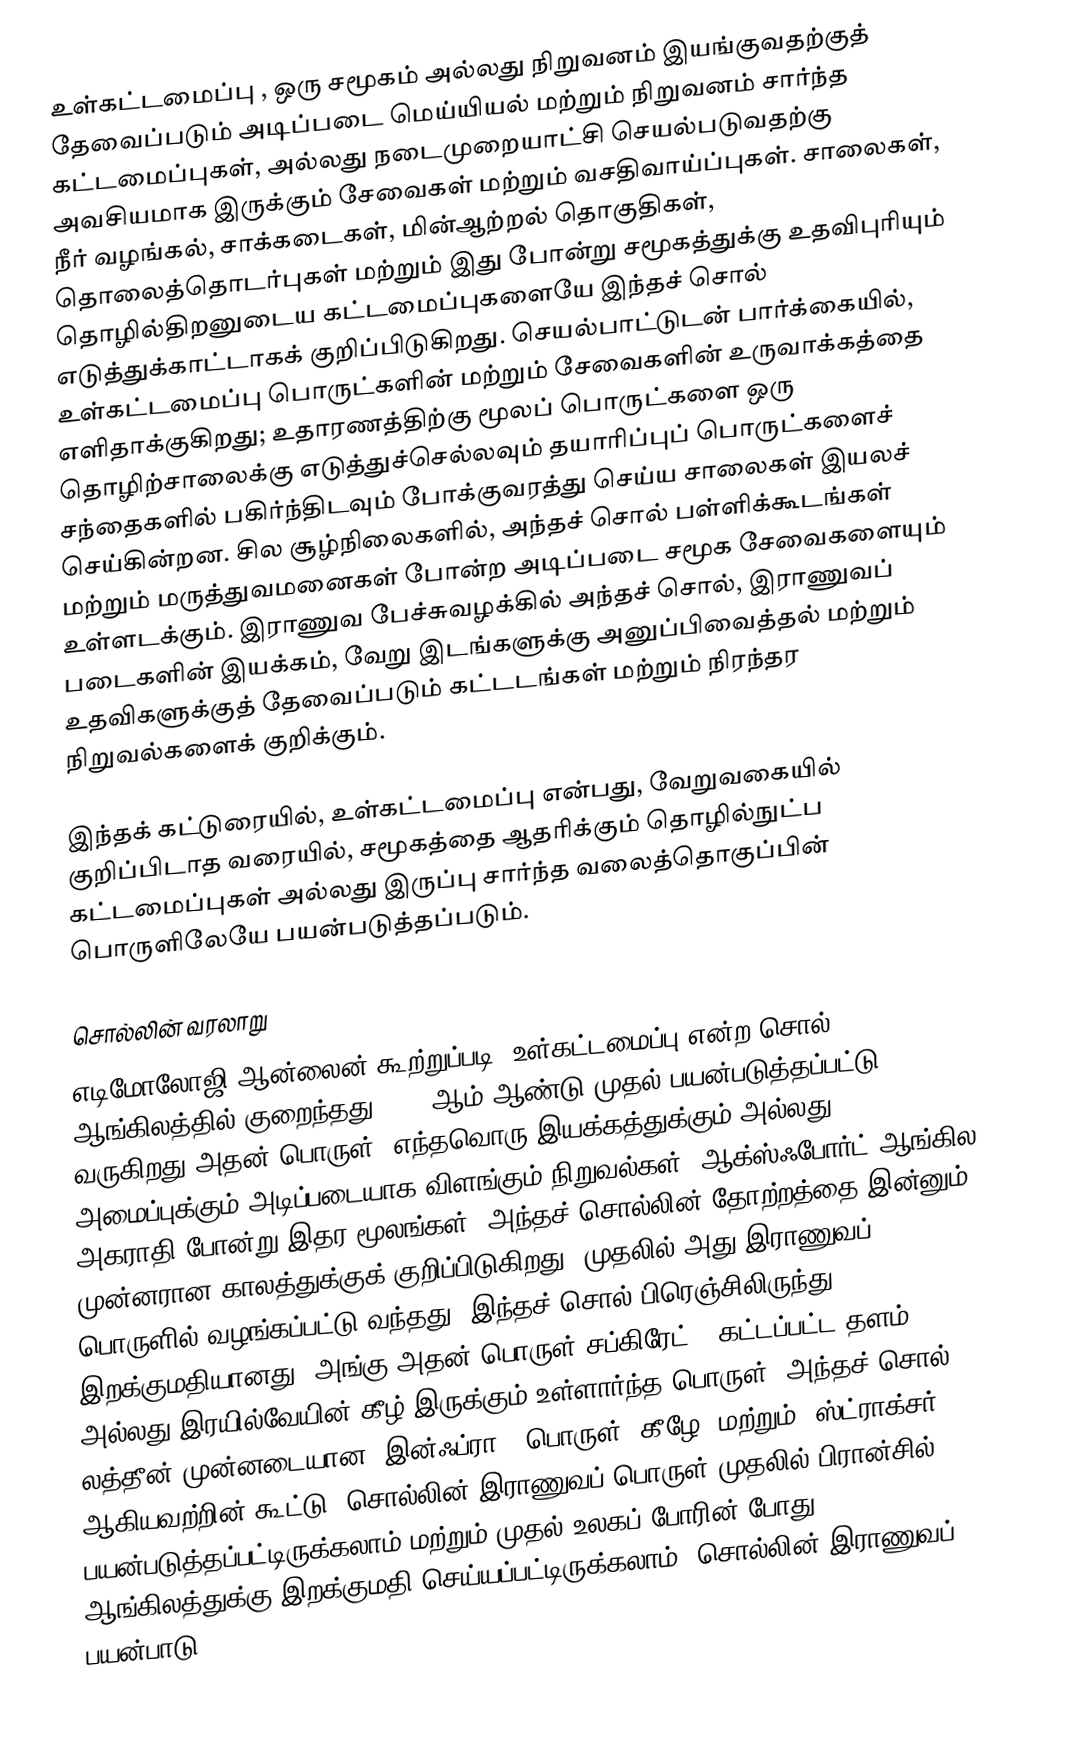
உள்கட்டமைப்பு , ஒரு சமூகம் அல்லது நிறுவனம் இயங்குவதற்குத் தேவைப்படும் அடிப்படை மெய்யியல் மற்றும் நிறுவனம் சார்ந்த கட்டமைப்புகள், அல்லது நடைமுறையாட்சி செயல்படுவதற்கு அவசியமாக இருக்கும் சேவைகள் மற்றும் வசதிவாய்ப்புகள். சாலைகள், நீர் வழங்கல், சாக்கடைகள், மின்ஆற்றல் தொகுதிகள், தொலைத்தொடர்புகள் மற்றும் இது போன்று சமூகத்துக்கு உதவிபுரியும் தொழில்திறனுடைய கட்டமைப்புகளையே இந்தச் சொல் எடுத்துக்காட்டாகக் குறிப்பிடுகிறது. செயல்பாட்டுடன் பார்க்கையில், உள்கட்டமைப்பு பொருட்களின் மற்றும் சேவைகளின் உருவாக்கத்தை எளிதாக்குகிறது; உதாரணத்திற்கு மூலப் பொருட்களை ஒரு தொழிற்சாலைக்கு எடுத்துச்செல்லவும் தயாரிப்புப் பொருட்களைச் சந்தைகளில் பகிர்ந்திடவும் போக்குவரத்து செய்ய சாலைகள் இயலச் செய்கின்றன. சில சூழ்நிலைகளில், அந்தச் சொல் பள்ளிக்கூடங்கள் மற்றும் மருத்துவமனைகள் போன்ற அடிப்படை சமூக சேவைகளையும் உள்ளடக்கும். இராணுவ பேச்சுவழக்கில் அந்தச் சொல், இராணுவப் படைகளின் இயக்கம், வேறு இடங்களுக்கு அனுப்பிவைத்தல் மற்றும் உதவிகளுக்குத் தேவைப்படும் கட்டடங்கள் மற்றும் நிரந்தர நிறுவல்களைக் குறிக்கும்.

இந்தக் கட்டுரையில், உள்கட்டமைப்பு  என்பது, வேறுவகையில் குறிப்பிடாத வரையில், சமூகத்தை ஆதரிக்கும் தொழில்நுட்ப கட்டமைப்புகள் அல்லது இருப்பு சார்ந்த வலைத்தொகுப்பின் பொருளிலேயே பயன்படுத்தப்படும்.

சொல்லின் வரலாறு
எடிமோலோஜி ஆன்லைன் கூற்றுப்படி, உள்கட்டமைப்பு என்ற சொல் ஆங்கிலத்தில் குறைந்தது 1927 ஆம் ஆண்டு முதல் பயன்படுத்தப்பட்டு வருகிறது அதன் பொருள்: எந்தவொரு இயக்கத்துக்கும் அல்லது அமைப்புக்கும் அடிப்படையாக விளங்கும் நிறுவல்கள். ஆக்ஸ்ஃபோர்ட் ஆங்கில அகராதி போன்று இதர மூலங்கள், அந்தச் சொல்லின் தோற்றத்தை இன்னும் முன்னரான காலத்துக்குக் குறிப்பிடுகிறது, முதலில் அது இராணுவப் பொருளில் வழங்கப்பட்டு வந்தது. இந்தச் சொல் பிரெஞ்சிலிருந்து இறக்குமதியானது, அங்கு அதன் பொருள் சப்கிரேட் , கட்டப்பட்ட தளம் அல்லது இரயில்வேயின் கீழ் இருக்கும் உள்ளார்ந்த பொருள். அந்தச் சொல், லத்தீன் முன்னடையான "இன்ஃப்ரா", பொருள் "கீழே" மற்றும் "ஸ்ட்ராக்சர்" ஆகியவற்றின் கூட்டு. சொல்லின் இராணுவப் பொருள் முதலில் பிரான்சில் பயன்படுத்தப்பட்டிருக்கலாம் மற்றும் முதல் உலகப் போரின் போது ஆங்கிலத்துக்கு இறக்குமதி செய்யப்பட்டிருக்கலாம். சொல்லின் இராணுவப் பயன்பாடு,